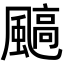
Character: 䬘